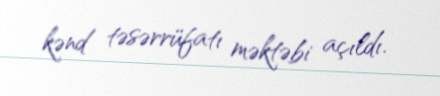
kənd təsərrüfatı məktəbi açıldı.